King Institute of Preventive Medicine Micro-Biological Section reports 1909-11
Year: 1909
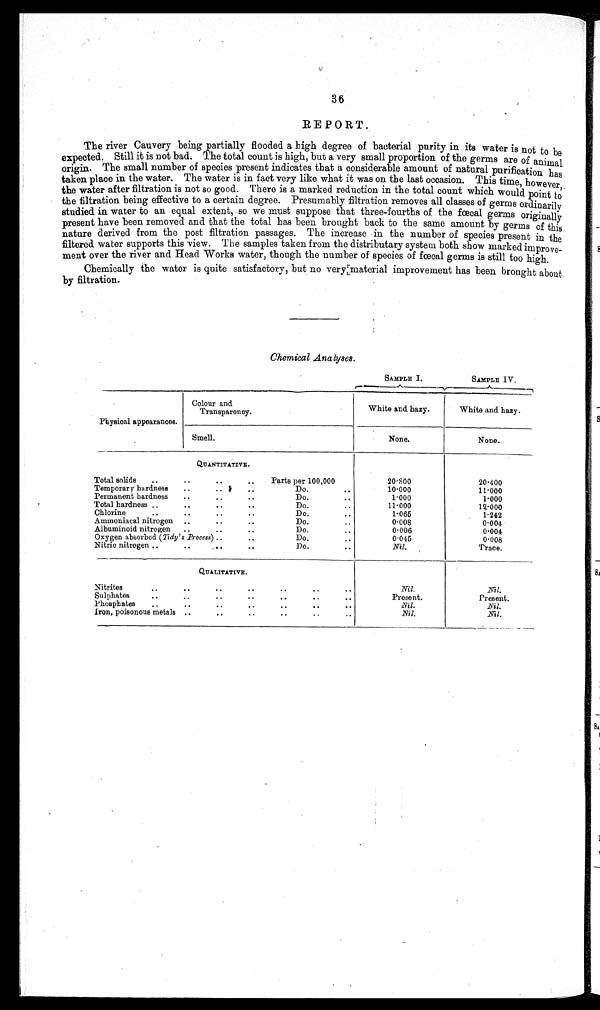
36
REPORT.
The river Cauvery being partially flooded a high degree of bacterial purity in its water is not to be
expected. Still it is not bad. The total count is high, but a very small proportion of the germs are of animal
origin. The small number of species present indicates that a considerable amount of natural purification has
taken place in the water. The water is in fact very like what it was on the last occasion. This time, however,
the water after filtration is not so good. There is a marked reduction in the total count which would point to
the filtration being effective to a certain degree. Presumably filtration removes all classes of germs ordinarily
studied in water to an equal extent, so we must suppose that three-fourths of the fœcal germs originally
present have been removed and that the total has been brought back to the same amount by germs of this
nature derived from the post filtration passages. The increase in the number of species present in the
filtered water supports this view. The samples taken from the distributary system both show marked improve-
ment over the river and Head Works water, though the number of species of fœcal germs is still too high.
Chemically the water is quite satisfactory, but no very material improvement has been brought about
by filtration.
Chemical Analyses.
SAMPLE I.
SAMPLE IV.
Physical appearances.
Colour and
Transparency.
White and hazy.
White and hazy.
Smell.
None.
None.
Q U A N T I T A T I V E .
Total solids ..
..
..
.. Parts per 100,000
20.800
20.400
Temporary hardness
..
..
..
Do.
..
10.000
11.000
Permanent hardness ..
..
..
Do.
..
1 . 0 0 0
1.000
Total hardness ..
..
..
..
Do.
..
11.000
12..000
Chlorine
..
..
..
..
Do.
..
1.065
1.242
Ammoniacal nitrogen ..
..
..
Do.
..
0.008
0.004
Albuminoid nitrogen ..
..
..
Do.
..
0.006
0.004
Oxygen absorbed (Tidy's Process)
..
..
Do.
..
0.045
0.008
Nitric nitrogen ..
..
..
..
Do.
..
Nil.
Trace.
Q U A L I T A T I V E .
Nitrites
..
..
..
..
..
..
Nil.
Nil.
Sulphates
..
..
..
..
..
. .
Present.
Present.
Phosphates ..
..
..
..
..
..
. .
Nil.
Nil.
Iron, poisonous metals ..
..
..
..
..
Nil.
Nil.